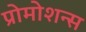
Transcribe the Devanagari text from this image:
प्रोमोशन्स